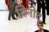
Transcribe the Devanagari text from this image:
विनोद्